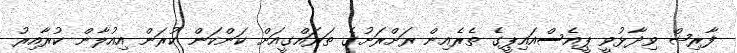
ފާރިޝް ވިދާޅުވީ ޕީއެސްއައިޕީގެ ތެރެއިން ރަށްރަށުގެ ތަރައްގީއަށް ކަންކަން ކުރަން އިއުލާން ކުރާއިރު